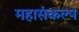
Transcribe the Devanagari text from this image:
महासंकल्प